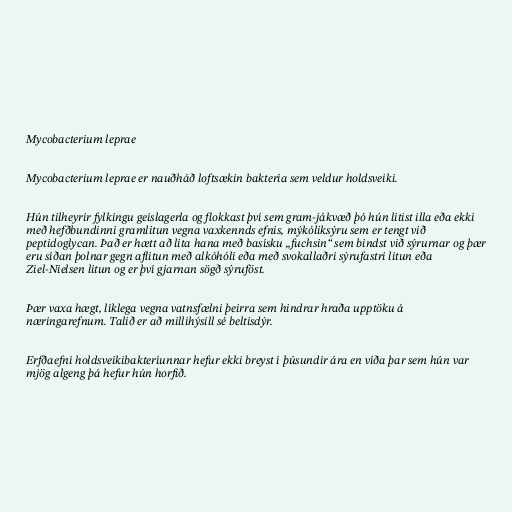
Mycobacterium leprae

Mycobacterium leprae er nauðháð loftsækin baktería sem veldur holdsveiki.

Hún tilheyrir fylkingu geislagerla og flokkast því sem gram-jákvæð þó hún litist illa eða ekki
með hefðbundinni gramlitun vegna vaxkennds efnis, mýkóliksýru sem er tengt við
peptidoglycan. Það er hætt að lita hana með basísku „fuchsin“ sem bindst við sýrurnar og þær
eru síðan þolnar gegn aflitun með alkóhóli eða með svokallaðri sýrufastri litun eða
Ziel-Nielsen litun og er því gjarnan sögð sýruföst.

Þær vaxa hægt, líklega vegna vatnsfælni þeirra sem hindrar hraða upptöku á
næringarefnum. Talið er að millihýsill sé beltisdýr.

Erfðaefni holdsveikibakteríunnar hefur ekki breyst í þúsundir ára en víða þar sem hún var
mjög algeng þá hefur hún horfið.